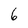
Character: 6